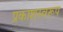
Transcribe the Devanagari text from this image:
प्रकाशस्वरूप